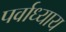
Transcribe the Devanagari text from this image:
पर्वाध्याय